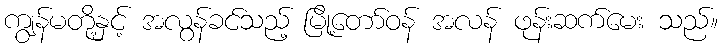
ကျွန်မတို့နှင့် အလွန်ခင်သည့် မြို့တော်ဝန် အလန် ဖုန်းဆက်မေး သည်။